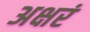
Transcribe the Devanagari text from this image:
अक्षरं